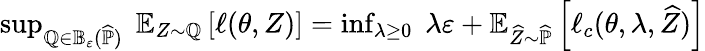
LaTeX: \begin{array}{r}{\operatorname*{sup}_{\mathbb Q\in\mathbb B_{\varepsilon}(\widehat{\mathbb P})}\; \mathbb E_{Z\sim\mathbb Q}\left[\ell(\theta,Z)\right]=\operatorname*{inf}_{\lambda\geq 0}\; \lambda\varepsilon+\mathbb E_{\widehat Z\sim\widehat{\mathbb P}}\left[\ell_{c}(\theta,\lambda,\widehat Z)\right]}\end{array}